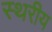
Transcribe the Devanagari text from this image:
स्थरीय